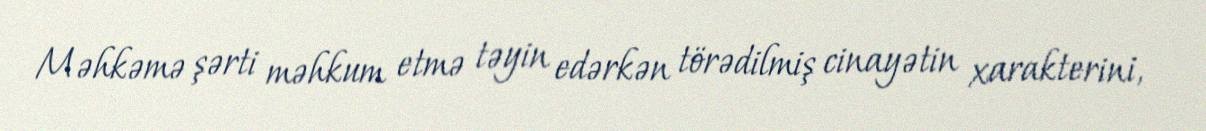
Məhkəmə şərti məhkum etmə təyin edərkən törədilmiş cinayətin xarakterini,